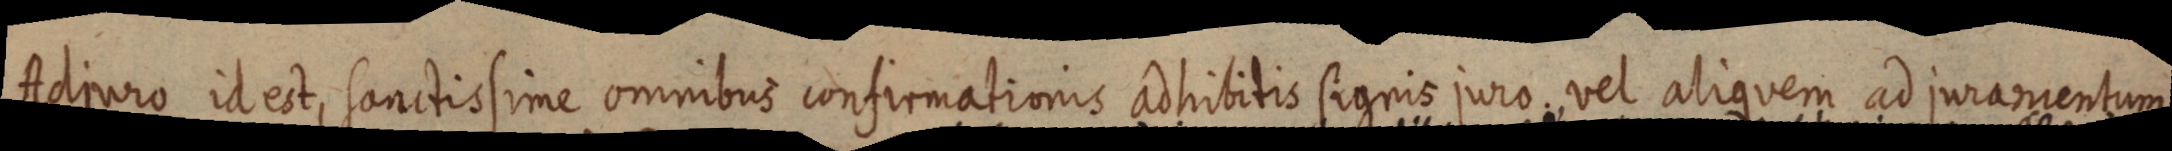
Adjuro id est, sanctissime ominbus confirmationis adhibitis signis juro, vel aliquem ad juramentum